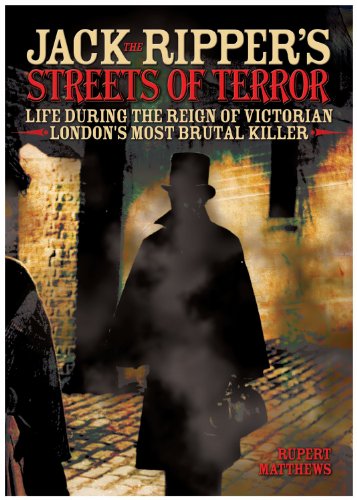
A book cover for Jack the Ripper's Streets of Terror: Life During the Reign of Victorian London's Most Brutal Killer; Rupert Matthews; Biographies & Memoirs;